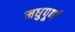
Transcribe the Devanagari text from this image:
मधुपूर्ण